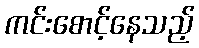
ကင်းစောင့်နေသည့်